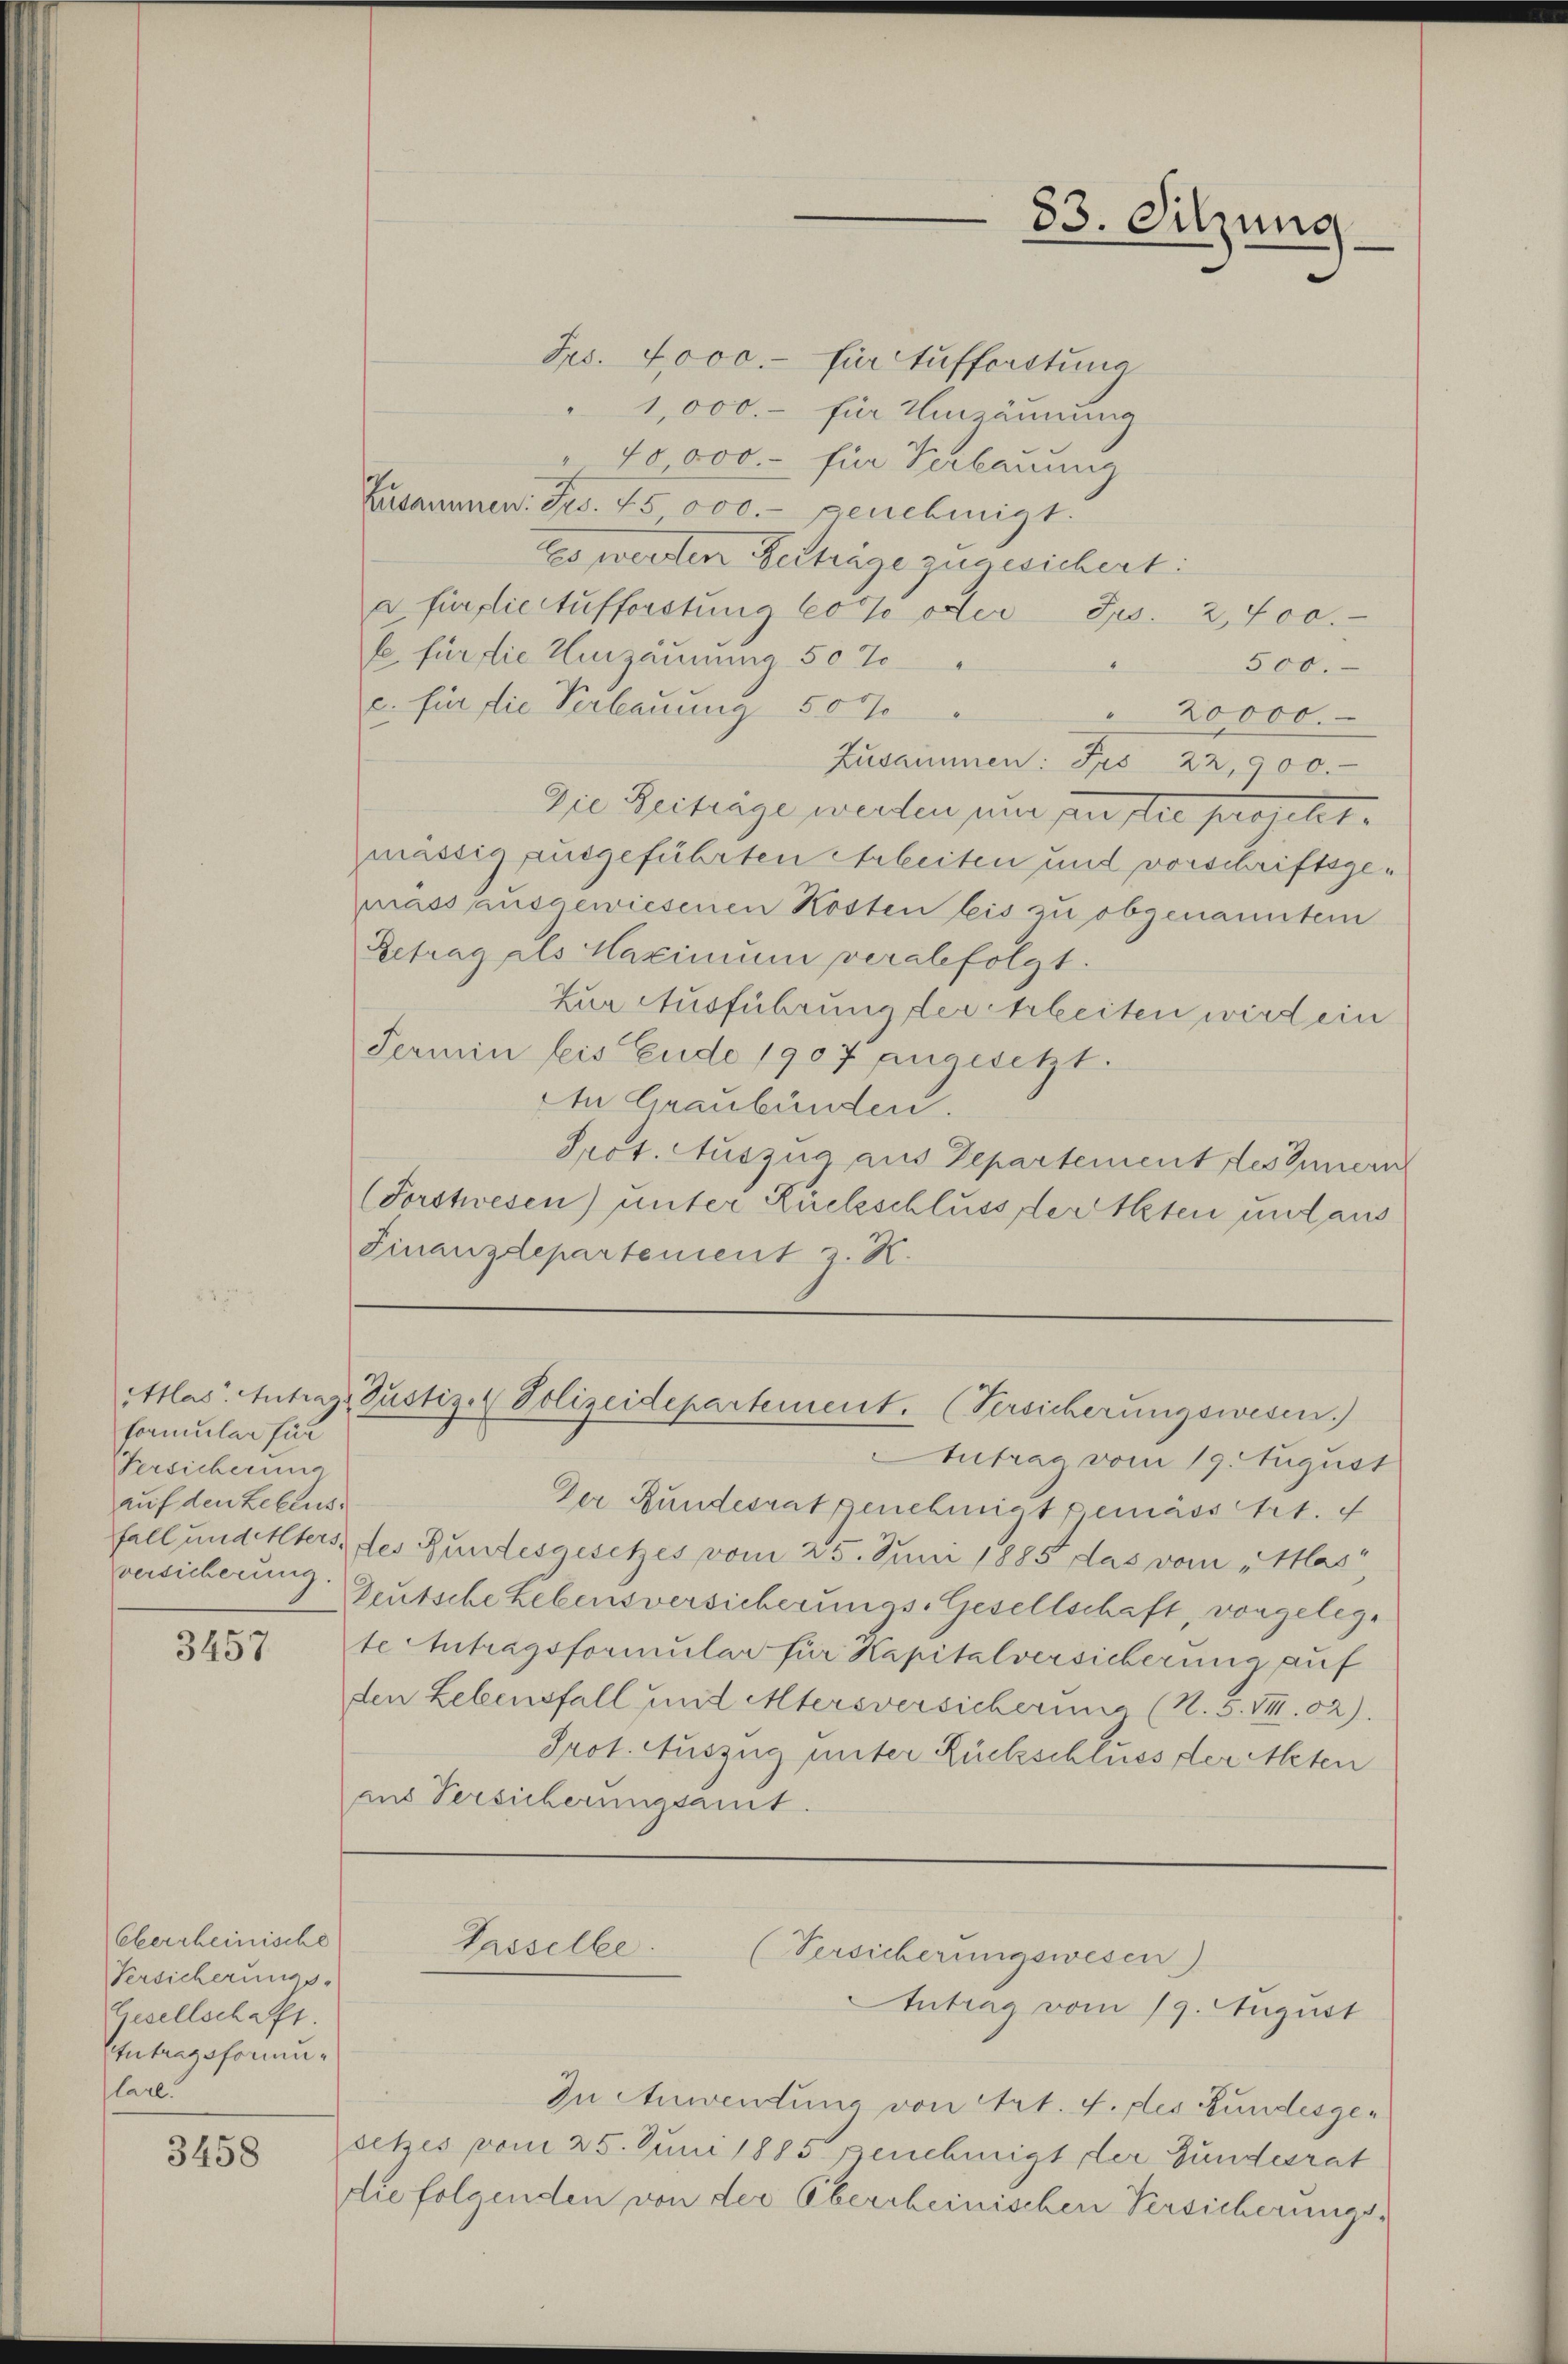
Formular für
Versicherung
auf den Lebens.
versicherung.

3457

Oberrheinische
Versicherungs-
Gesellschaft.
Intragsformulael.

3458

Frs. 7000.- für Aufforstung
"1,000.- für Umzäunung
" 40000.- für Verbauung
Zusammen. Fr. 75 000.- genehmigt.
Es werden Verträge zugesichert:
a für fliestufforstung 60% oder Jes. 2,700.
fe für die Umzäunung 50% "
8
500.
c. für die Verbauung 500
20000.
Zusammen: Prs 22,900.
Die Zeitrage werden nur per stie projetzt.
mässig ausgeführten Arbeiten und vorschriftsgemass ausgewiesenen Kosten bis zu obgenanntem
Betrag als Maximum verabfolgt.
Zur Ausführung der Arbeiten wird ein
Fermin bis Ende 1907 angesetzt.
An Graubünden.
Prot. Auszug aus Departement des Innern
(Forstwesen) unter Rückschluss der Peten und aus
Finanzdepartement z. K.

83. Sitzung

Antrag vom 19. August
Der Rundesrat genehmigt gemäss Art. 4
fall und Elters des Bundesgesetzes vom 25. Juni 1885 das vom „Mlas“
Deutsche hebensversicherungs-Gesellschaft, vorgelege
te Antragsformular für Kapitalversicherung auf
den Lebensfall und Altersversicherung (N. S. VII. 92).
Prot. Auszug unter Rückschluss der Meten
aus Versicherungsamt.

Atlas. Antrage Justiz- & Polizeidepartement. (Versicherungswesen)

Gasselbe.
(Versicherungswesen)
Intrag vom 19. August

In Anwendung von Art. 4. fles Bundesgesetzes vom 25. Juni 1885 genehmigt der Bundesrat
die folgenden von der Obercheinischen Versicherungs¬